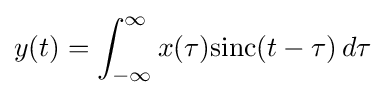
y(t)=\int _{-\infty }^{\infty }x(\tau )\mathrm {sinc} (t-\tau )\,d\tau